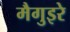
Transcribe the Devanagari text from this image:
मैगुइरे